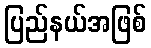
ပြည်နယ်အဖြစ်